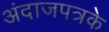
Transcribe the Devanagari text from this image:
अंदाजपत्रके